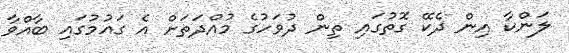
ލަންކާ އިން ދެކޭ ގޮތުގައި ތިން ދުވަހުގެ މުއްދަތަށް އެ ގައުމުގައި ބާއްވާ